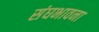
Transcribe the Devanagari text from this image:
संघभावना